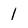
Character: 1